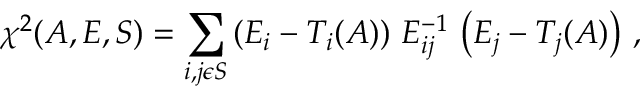
\chi ^ { 2 } ( A , E , S ) = \sum _ { i , j \epsilon S } \left( E _ { i } - T _ { i } ( A ) \right) \, { \cal E } _ { i j } ^ { - 1 } \, \left( E _ { j } - T _ { j } ( A ) \right) \, ,